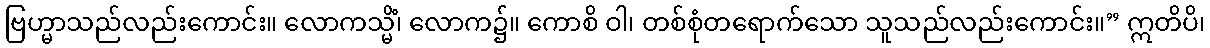
ဗြဟ္မာသည်လည်းကောင်း။ လောကသ္မိံ၊ လောက၌။ ကောစိ ဝါ၊ တစ်စုံတရောက်သော သူသည်လည်းကောင်း။” ဣတိပိ၊